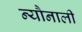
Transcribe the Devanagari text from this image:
न्यौनाली